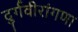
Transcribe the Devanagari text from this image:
दुर्गवीरांगणा